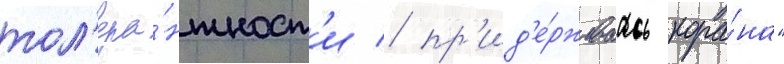
тол'ера́нтност'и / пр'ид'е́рживаась кора́на"